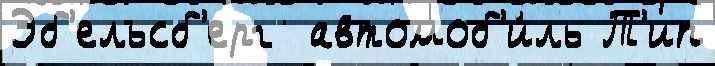
Эб'ельсб'ерг  автомоб'и́ль Т'ип